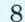
8